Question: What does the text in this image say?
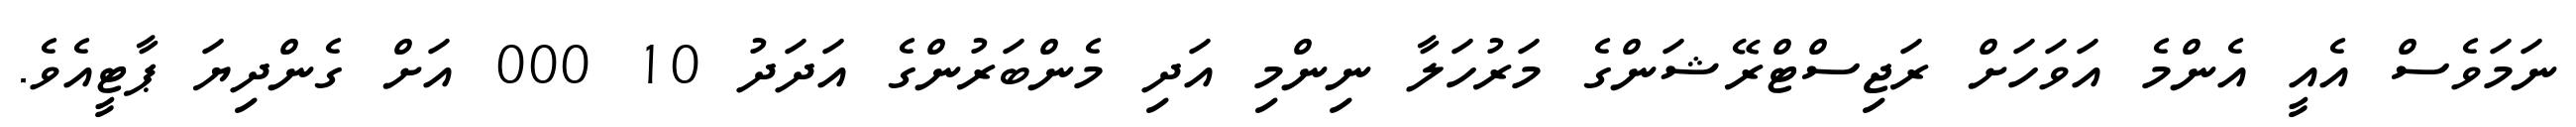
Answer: ނަމަވެސް އެއީ އެންމެ އަވަހަށް ރަޖިސްޓްރޭޝަންގެ މަރުހަލާ ނިންމި އަދި މެންބަރުންގެ އަދަދު 10 000 އަށް ގެންދިޔަ ޕާޓީއެވެ.